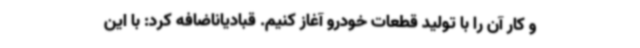
و کار آن را با تولید قطعات خودرو آغاز کنیم. قبادیاناضافه کرد: با این